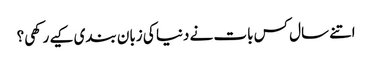
اتنے سال کس بات نے دنیا کی زبان بندی کیے رکھی؟